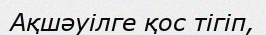
Ақшәуілге қос тігіп,